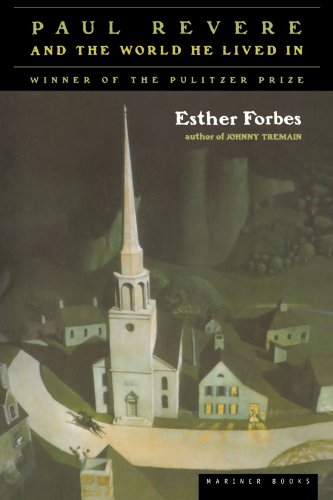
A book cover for Paul Revere and the World He Lived In; Esther Hoskins Forbes; Biographies & Memoirs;